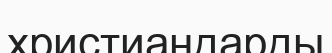
христиандарды